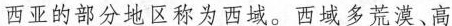
西亚的部分地区称为西域。西域多荒漠、高